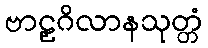
ဗာဠှဂိလာနသုတ္တံ